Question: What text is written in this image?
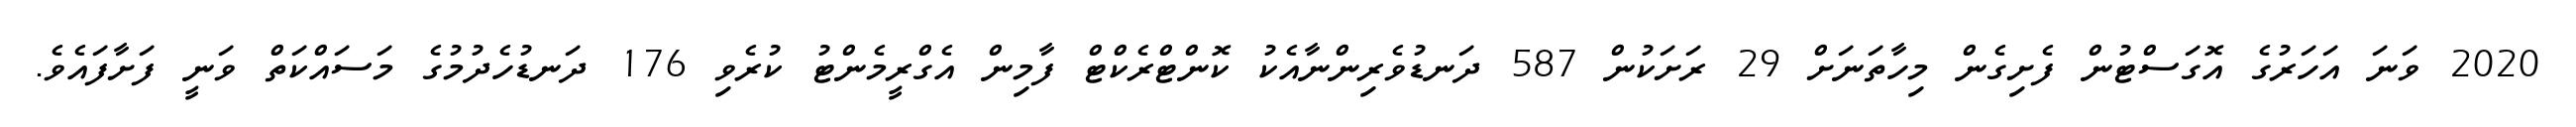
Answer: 2020 ވަނަ އަހަރުގެ އޮގަސްޓުން ފެށިގެން މިހާތަނަށް 29 ރަށަކުން 587 ދަނޑުވެރިންނާއެކު ކޮންޓްރެކްޓް ފާމިން އެގްރީމެންޓު ކުރެވި 176 ދަނޑުހެދުމުގެ މަސައްކަތް ވަނީ ފަށާފައެވެ.